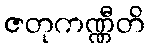
ဇတုကဏ္ဏီတိ